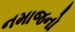
નમાજનો